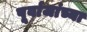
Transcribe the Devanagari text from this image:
पूर्वाजांच्या